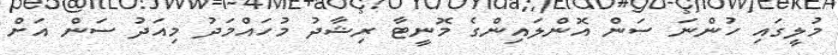
މުލީގައި ހުންނަ ސަން އޮންލައިންގެ މޮނީޓާ ރިޝާދު މުހައްމަދު މިއަދު ސަން އަށް